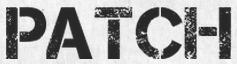
PATCH